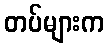
တပ်များက